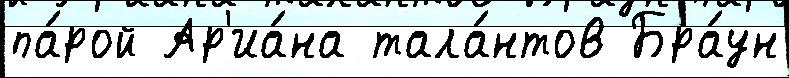
па́рой Ар'иа́на тала́нтов Бра́ун